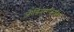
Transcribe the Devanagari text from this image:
जोडिदाराबरोबर